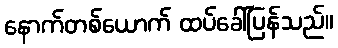
နောက်တစ်ယောက် ထပ်ခေါ်ပြန်သည်။